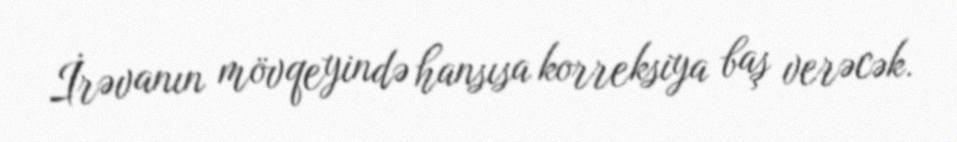
İrəvanın mövqeyində hansısa korreksiya baş verəcək.